Civil Veterinary Dept. Bombay admin report 1932-41 - 1932-1941
Year: 1932
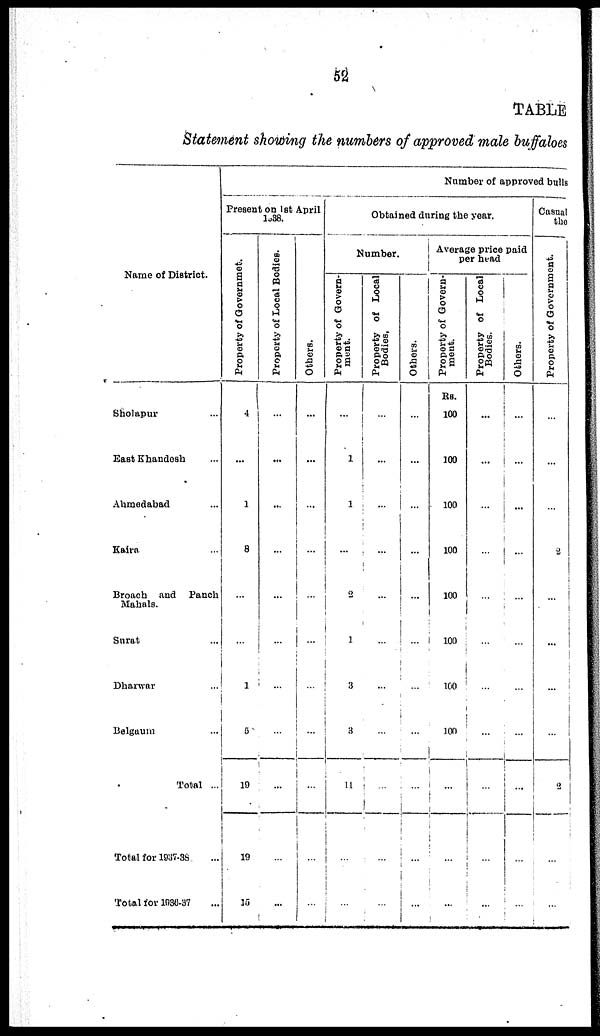
52
TABLE
Statement showing the numbers of approved male buffaloes
Name of District.
Sholapur ...
East Khandesh ...
Ahmedabad ...
Katra ...
Broach and
Panch
Mahals.
Surat ...
Dharwar ...
Belgaum ...
Total ...
Total for 1937-38 ...
Total for 1836-37 ...
Number of approved bulls
Present on 1st April
1938.
Property of Governmet.
4
...
1
8
...
...
1
5
19
19
15
Property of Local Bodies.
...
...
...
...
...
...
...
...
...
...
...
Ot her s .
...
...
...
...
...
...
...
...
...
...
...
Obtained during the year.
Number.
Property of Govern-
ment.
...
1
1
...
2
...
3
8
11
...
...
Property of Local
Bodies,
...
...
...
...
...
...
...
...
...
...
...
Ot her s .
...
...
...
...
...
...
...
...
...
...
...
Average price paid
per head
Property of Govern-
ment.
Rs.
100
100
100
100
100
100
100
100
...
...
...
Property of Local
Bodies.
...
...
...
...
...
...
...
...
...
...
...
Others.
...
...
...
...
...
...
...
...
...
...
...
Casual
the
Pr oper t
y of Governm
...
...
...
2
...
8
...
...
2
...
...